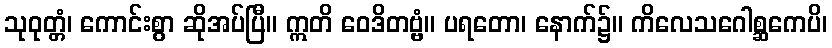
သုဝုတ္တံ၊ ကောင်းစွာ ဆိုအပ်ပြီ။ ဣတိ ဝေဒိတဗ္ဗံ။ ပရတော၊ နောက်၌။ ကိလေသဂေါစ္ဆကေပိ၊